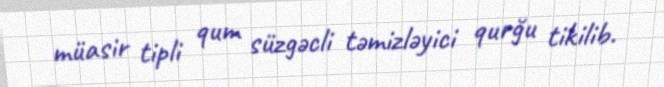
müasir tipli qum süzgəcli təmizləyici qurğu tikilib.